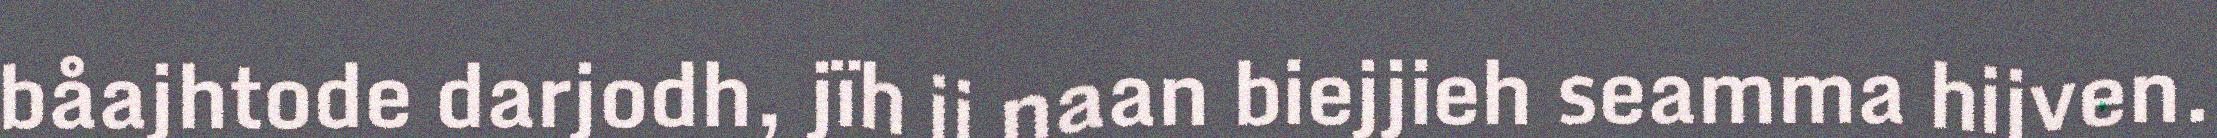
båajhtode darjodh, jïh ij naan biejjieh seamma hijven.